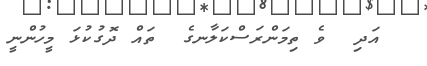
އަދި  ވެ ތިމަންރަސްކަލާނގެ  ތައް ދޮގުކުޅަ މީހުންނީ